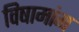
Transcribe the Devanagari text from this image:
विषामांग